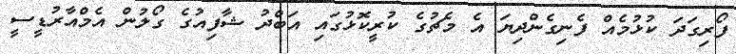
ފޯރިގަދަ ކުޅުމެއް ފެނިގެންދިޔަ އެ މެޗުގެ ކުރީކޮޅުގައި އަބްދު ޝާފިއުގެ ގޯލުން އެމްއާރުޑީސީ